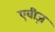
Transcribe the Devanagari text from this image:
एवीज़